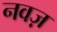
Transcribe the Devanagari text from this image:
नवज़